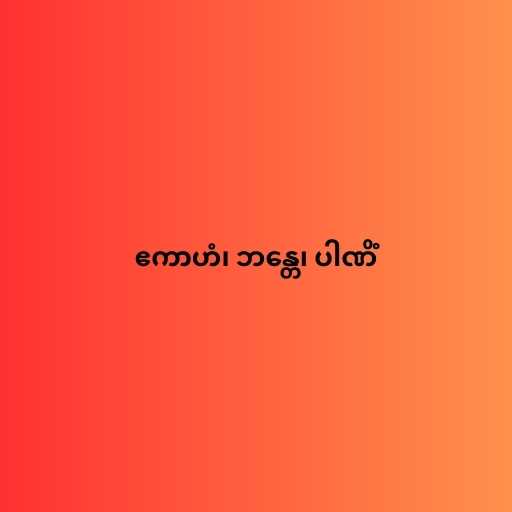
ဧကာဟံ၊ ဘန္တေ၊ ပါဏိံ